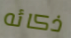
ذكائه